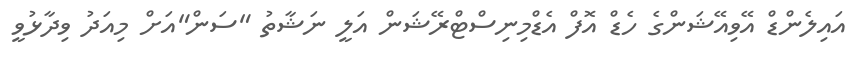
އައިލެންޑް އޭވިއޭޝަންގެ ހެޑް އޮފް އެޑްމިނިސްޓްރޭޝަން އަލީ ނަޝާތު "ސަން"އަށް މިއަދު ވިދާޅުވީ